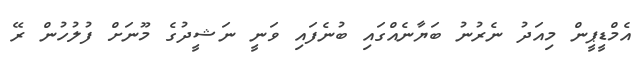
އެމްޑީޕީން މިއަދު ނެރުނު ބަޔާނެއްގައި ބުނެފައި ވަނީ ނަޝީދުގެ މޫނަށް ފުލުހުން ރޭ